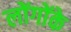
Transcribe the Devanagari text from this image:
लोंगोंके